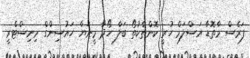
ފަރެސް މާތޮޑާ އަސްލަމް ހުރީ ކޮންތާކުތޯ ބަލާ ހޯދާ މީނަޔާ ހައުސިންގް މިނިސްޓްރީ